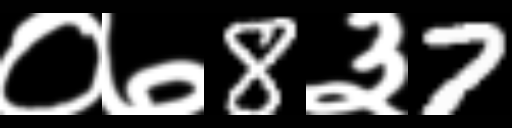
Text: ०७8३7